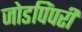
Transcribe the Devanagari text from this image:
जोडपिंपरी